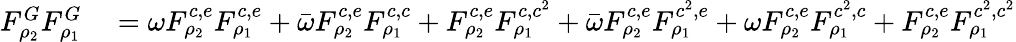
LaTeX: \begin{array}{rl}{F_{\rho_{2}}^{G}F_{\rho_{1}}^{G}}&{{}=\omega F_{\rho_{2}}^{c,e}F_{\rho_{1}}^{c,e}+\bar{\omega}F_{\rho_{2}}^{c,e}F_{\rho_{1}}^{c,c}+F_{\rho_{2}}^{c,e}F_{\rho_{1}}^{c,c^{2}}+\bar{\omega}F_{\rho_{2}}^{c,e}F_{\rho_{1}}^{c^{2},e}+\omega F_{\rho_{2}}^{c,e}F_{\rho_{1}}^{c^{2},c}+F_{\rho_{2}}^{c,e}F_{\rho_{1}}^{c^{2},c^{2}}}\end{array}